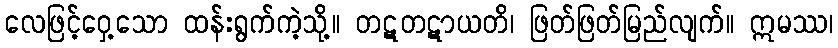
လေဖြင့်ဝှေ့သော ထန်းရွက်ကဲ့သို့။ တဋတဋာယတိ၊ ဖြတ်ဖြတ်မြည်လျက်။ ဣမဿ၊